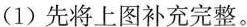
(1)先将上图补充完整。